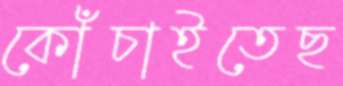
কোঁচাইতেছ